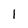
Character: 1